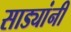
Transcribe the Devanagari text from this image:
साड्यांनी